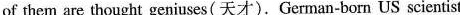
of them are thought geniuses(天才).German-born US scientist